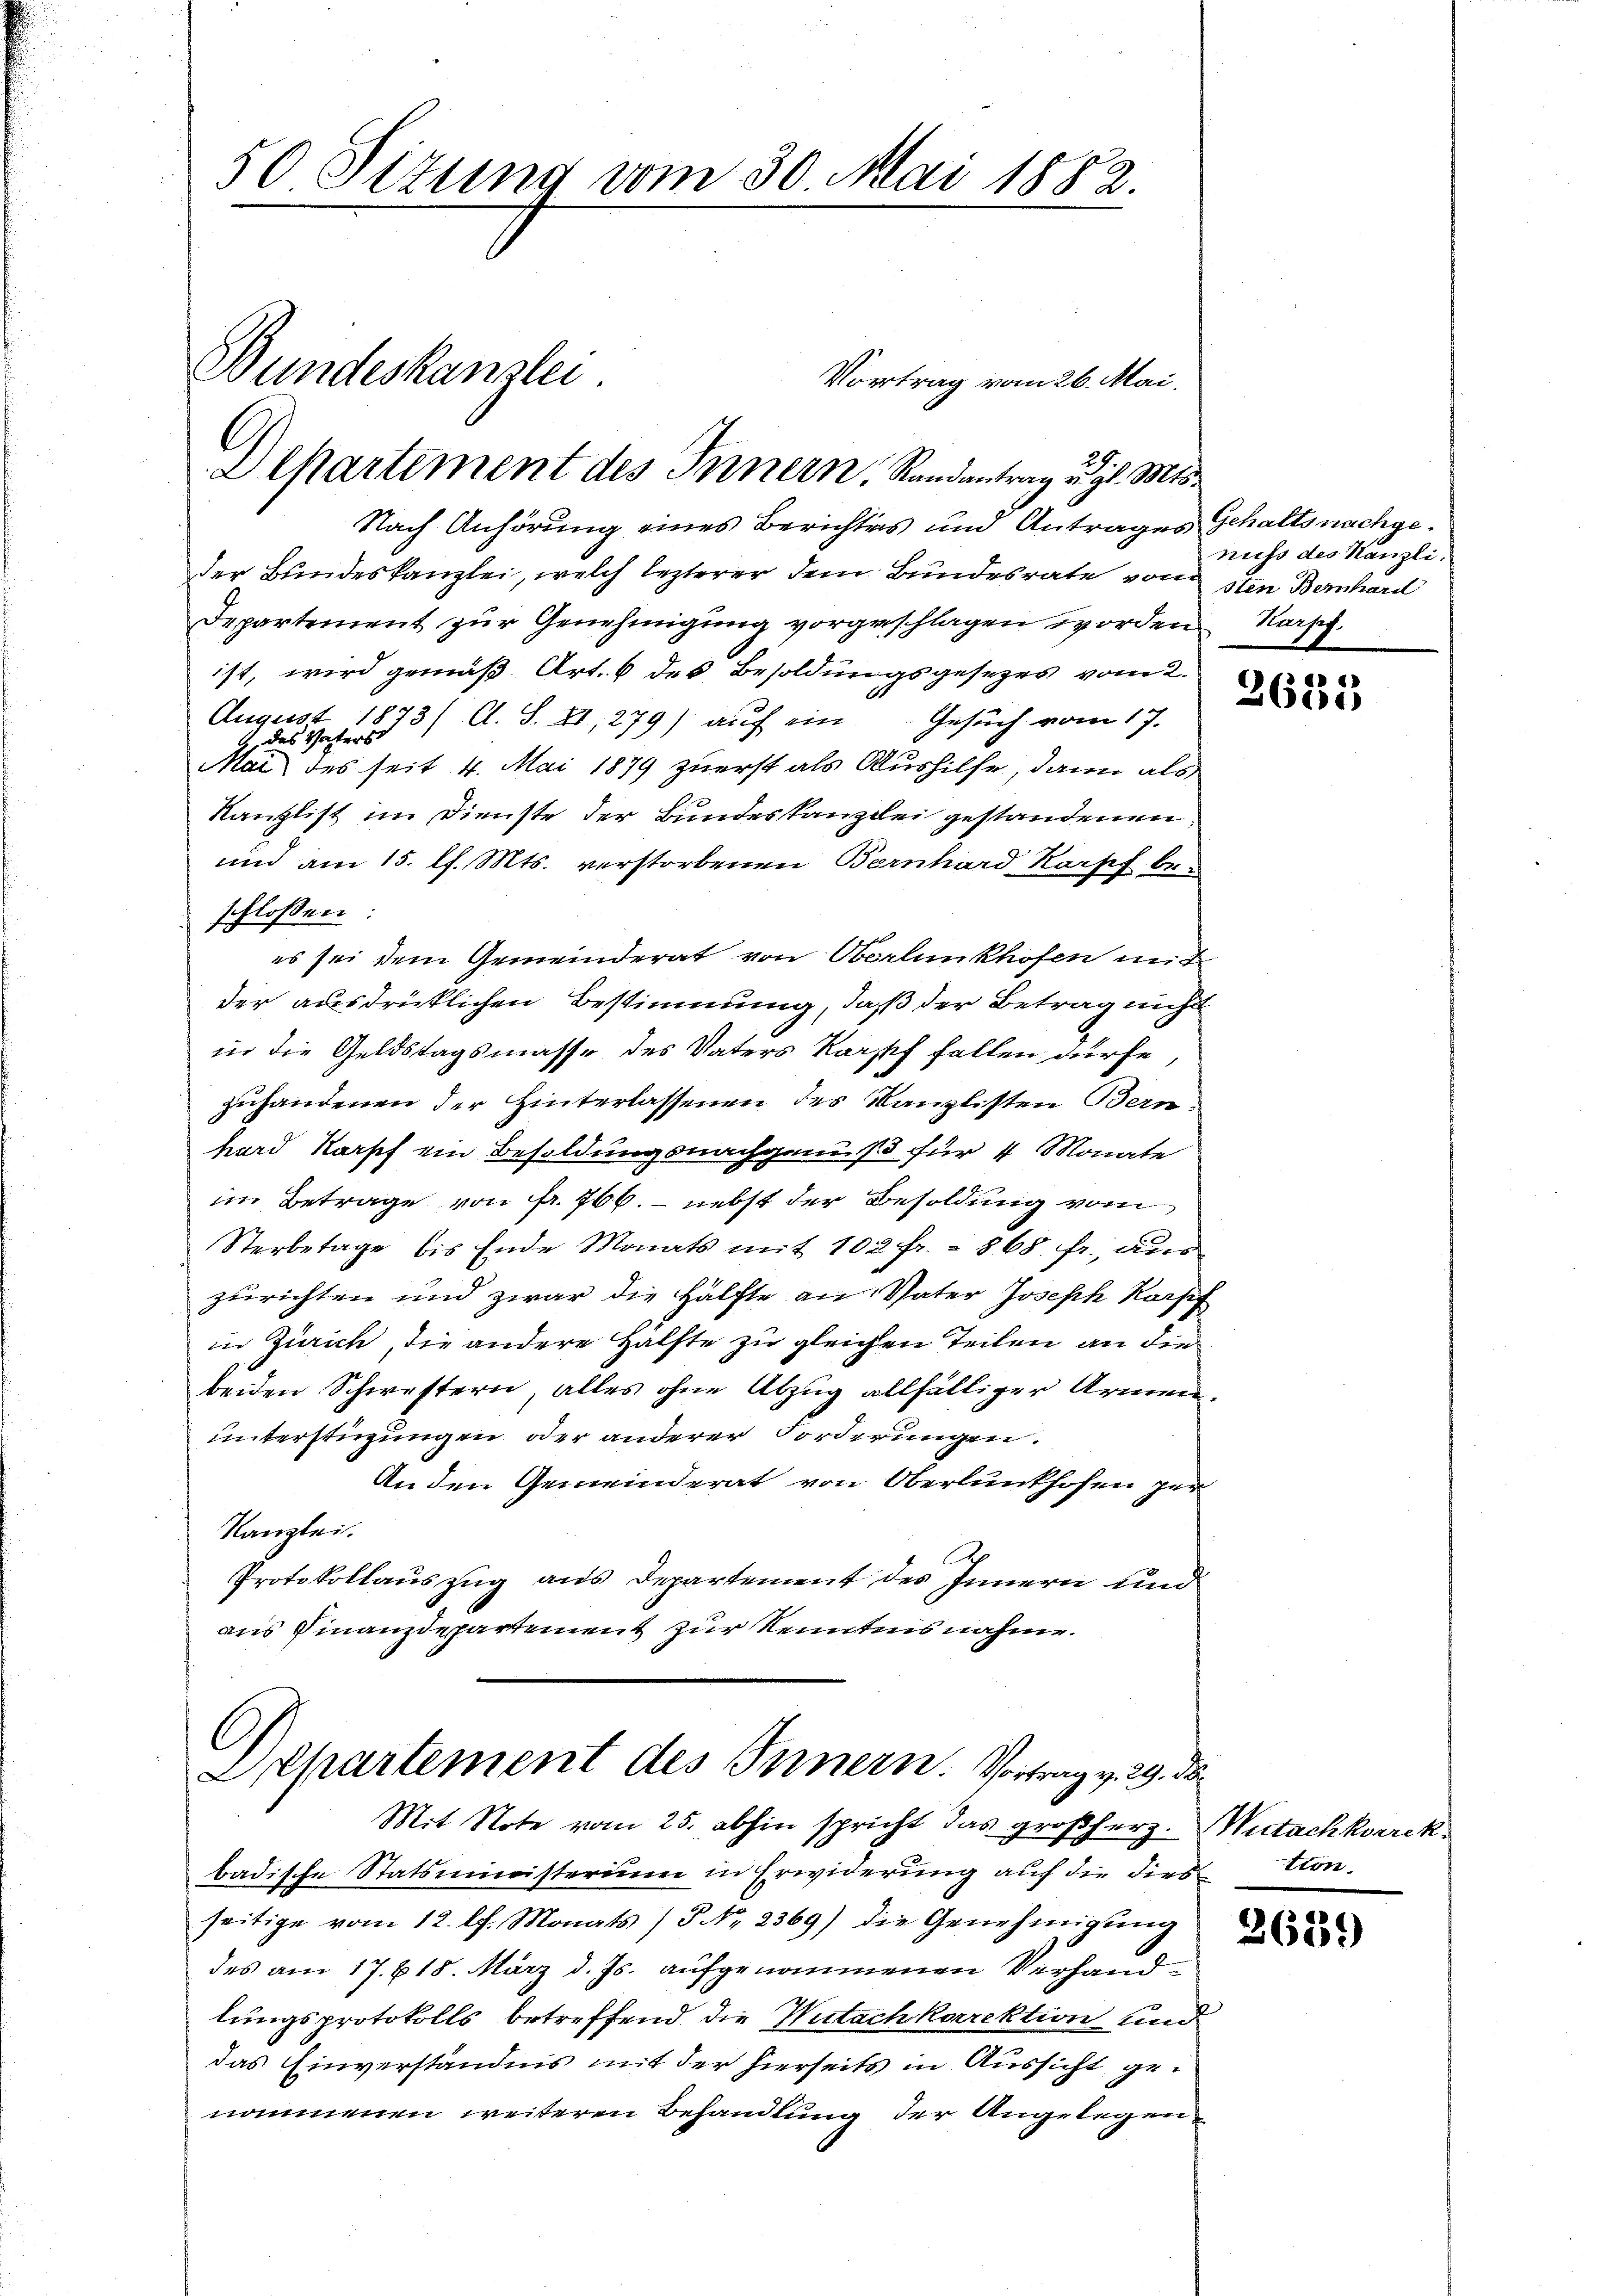
50 Situng vom 30. Mai 1882.

Bundeskanzlei.
Dehartement des Innern, Randantrag u. gl. Mts.

Nach Anhörung eines Berichtes und Antrages Gehaltsnachgeder Bundeskanzlei, welch lezterer dem Bundesrate von den Bernhard
Departement zur Genehmigung vorgeschlagen worden
ist, wird gemäß Art. 6 des Besoldungsgesezes vom 2.
Aug. 25. 1873/ A. S. 21, 279) auf ein Gesuch vom 17.
Mai des seit 4. Mai 1879 zuerst als Aushilfe, dann als
Kanzlist im Dienste der Bundeskanzlei gestandenen
und am 15. l. Mts. verstorbenen Bernhard Kopf beschlossen:
es sei dem Gemeinderat von Oberlunkhofen mit
der ausdrücklichen Bestimmung, daß der Betrag nicht
in die Geldstagsmasse des Vaters Karpf fallen dürfe,
zuhandenen der Hinterlassenen des Kanzlisten Bern:
hard Karsch ein Besoldungsnachgenuß für 4 Monate
im Betrage von fr. 766. - nebst der Besoldung vom
Sterbetage bis Ende Monats mit 102 fr. 868. fr. au
zurichten und zwar die Hälfte an Vater Joseph Korff
in Zürich, die andere Hälfte zu gleichen Teilen an die
beiden Schwestern, alles ohne Abzug allfälliger Armen.
unterstüzungen oder anderer Forderungen.
An den Gemeinderat von Oberlunkhofen per
Kanzlei.
Protokollauszug aus Departement des Innern und
aus Finanzdepartement zur Kenntnis nahme.

Vortrag vom 26. Mai,

C
Departement des Innern. Vortrag v. 29. d
Mit Note vom 25. abhin spricht das großherz. Mutachkorrek

badische Statsministerium in Erwiderung auf die diestion.
seitige vom 12. l. Monats (§ NNo. 2369) die Genehmigŭng
des am 17. 618. März d. Js. aufgenommenen Verhandlungsprotokolls betreffend die Wutachkorrektion und
das Einverständnis mit der hierseits in Aussicht genommenen weiteren Behandlung der Angelegen¬

nuss des Kanzli.
Kurses.

2685,

2639)